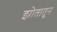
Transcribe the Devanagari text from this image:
झोतातून